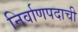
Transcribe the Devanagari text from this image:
निर्वाणपदाची